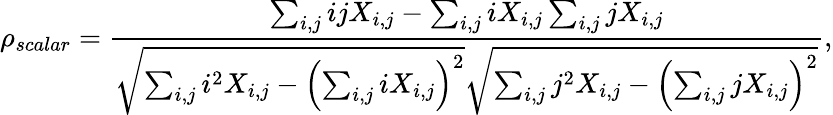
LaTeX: \rho_{scalar}=\frac{\sum_{i,j}ijX_{i,j}-\sum_{i,j}iX_{i,j}\sum_{i,j}jX_{i,j}}{\sqrt{\sum_{i,j}i^{2}X_{i,j}-\left(\sum_{i,j}iX_{i,j}\right)^{2}}\sqrt{\sum_{i,j}j^{2}X_{i,j}-\left(\sum_{i,j}jX_{i,j}\right)^{2}}},